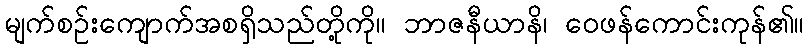
မျက်စဉ်းကျောက်အစရှိသည်တို့ကို။ ဘာဇနီယာနိ၊ ဝေဖန်ကောင်းကုန်၏။